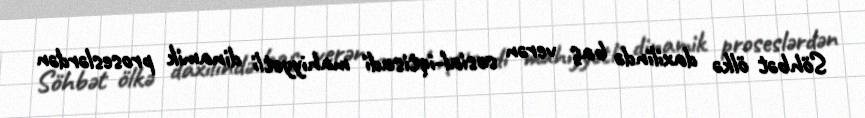
Söhbət ölkə daxilində baş verən sosial-iqtisadi mahiyyətli dinamik proseslərdən